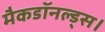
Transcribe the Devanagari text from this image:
मैकडॉनल्ड्स।